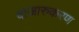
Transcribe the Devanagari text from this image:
बाजारुकरण